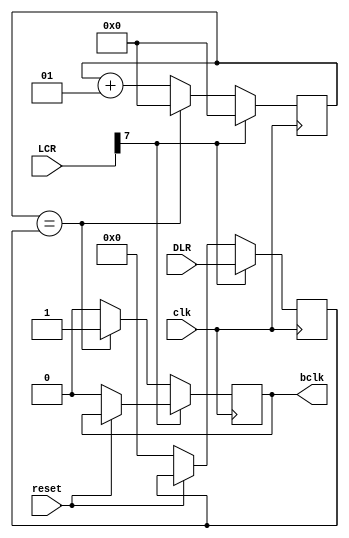
`timescale 1ns / 1ps
//////////////////////////////////////////////////////////////////////////////////
// Company: 
// Engineer: 
// 
// Design Name: 
// Module Name:    Baud_rate_gen 
// Project Name: 
// Target Devices: 
// Tool versions: 
// Description: 
//
// Dependencies: 
//
// Revision: 
// Revision 0.01 - File Created
// Additional Comments: 
//
//////////////////////////////////////////////////////////////////////////////////
module Baud_rate_gen(clk,reset,bclk,DLR,LCR);

input clk,reset;
input [15:0]DLR;
input [7:0]LCR;

output reg bclk;

reg [15:0]dlr;

integer count=0;

always @(posedge clk)
begin
  if (~reset) 
	 begin
        count <= 0;
        bclk <= 0;
		  dlr<=0;
    end 
	 
  if(LCR[7]==1)
    begin
		dlr<=DLR;
		count <= 0;
	 end	
	 
  else 
    begin
        if (count == dlr) 
		     begin
            count <= 0;
            bclk <= 1'b1;
        end 
		   else 
			   begin
            count <= count + 1;
				bclk <= 1'b0;
        end
    end
end
endmodule